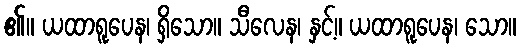
၏။ ယထာရူပေန၊ ရှိသော။ သီလေန၊ နှင့်။ ယထာရူပေန၊ သော။